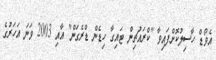
އެވޯޑް ހާސިލުކޮށްފައިވާ "ކްރައުޗިން ޓައިގާ ހިޑެން ޑްރެގަން" އާއި 2003 ވަނަ އަހަރުގެ